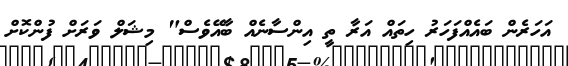
އަހަރެން ބައެއްފަހަރު ހިތައް އަރާ ތީ އިންސާނެއް ބާއޭވެސް" މިޝަލް ވަރަށް ފުންކޮށް